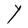
Character: Y